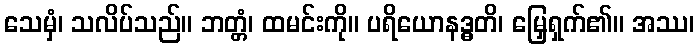
သေမှံ၊ သလိပ်သည်။ ဘတ္တံ၊ ထမင်းကို။ ပရိယောနဒ္ဓတိ၊ မြှေရှက်၏။ အဿ၊